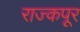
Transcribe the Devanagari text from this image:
राज्कपूर